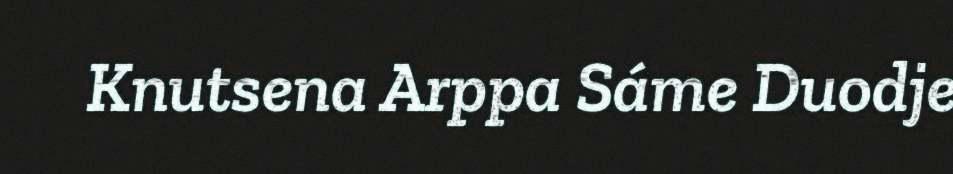
Knutsena Arppa Sáme Duodje